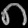
Digit: ၈